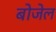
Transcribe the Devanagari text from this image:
बोजेल